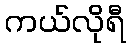
ကယ်လိုရီ